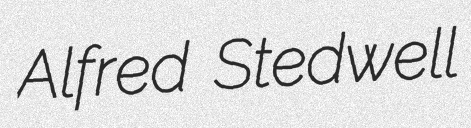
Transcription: Alfred Stedwell